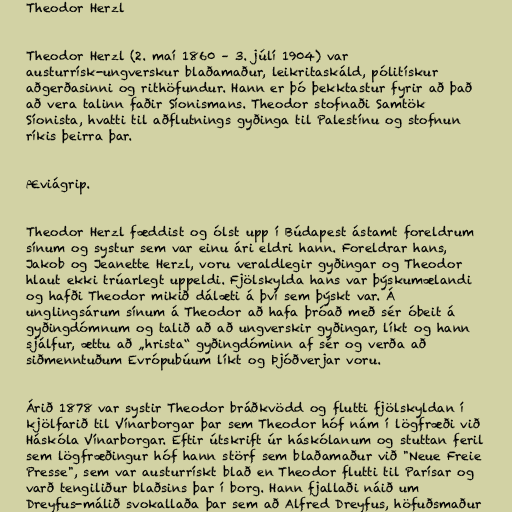
Theodor Herzl

Theodor Herzl (2. maí 1860 – 3. júlí 1904) var
austurrísk-ungverskur blaðamaður, leikritaskáld, pólitískur
aðgerðasinni og rithöfundur. Hann er þó þekktastur fyrir að það
að vera talinn faðir Síonismans. Theodor stofnaði Samtök
Síonista, hvatti til aðflutnings gyðinga til Palestínu og stofnun
ríkis þeirra þar.

Æviágrip.

Theodor Herzl fæddist og ólst upp í Búdapest ástamt foreldrum
sínum og systur sem var einu ári eldri hann. Foreldrar hans,
Jakob og Jeanette Herzl, voru veraldlegir gyðingar og Theodor
hlaut ekki trúarlegt uppeldi. Fjölskylda hans var þýskumælandi
og hafði Theodor mikið dálæti á því sem þýskt var. Á
unglingsárum sínum á Theodor að hafa þróað með sér óbeit á
gyðingdómnum og talið að að ungverskir gyðingar, líkt og hann
sjálfur, ættu að „hrista“ gyðingdóminn af sér og verða að
siðmenntuðum Evrópubúum líkt og Þjóðverjar voru.

Árið 1878 var systir Theodor bráðkvödd og flutti fjölskyldan í
kjölfarið til Vínarborgar þar sem Theodor hóf nám í lögfræði við
Háskóla Vínarborgar. Eftir útskrift úr háskólanum og stuttan feril
sem lögfræðingur hóf hann störf sem blaðamaður við "Neue Freie
Presse", sem var austurrískt blað en Theodor flutti til Parísar og
varð tengiliður blaðsins þar í borg. Hann fjallaði náið um
Dreyfus-málið svokallaða þar sem að Alfred Dreyfus, höfuðsmaður